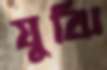
যুঝি